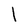
Character: l